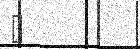
٣